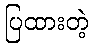
ပြထားတဲ့